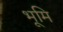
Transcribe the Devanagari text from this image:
भूमि